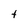
Character: t